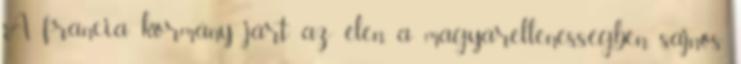
A francia kormány járt az élen a magyarellenességben, sajnos